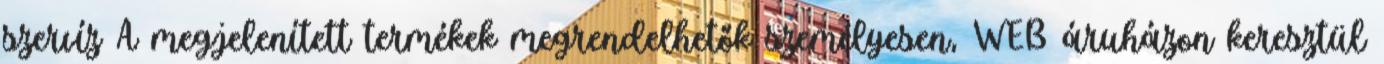
szervíz A megjelenített termékek megrendelhetők személyesen, WEB áruházon keresztül